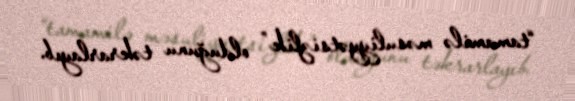
“tamamilə məsuliyyətsizlik” olduğunu təkrarlayıb.